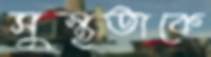
সুস্থতাকে